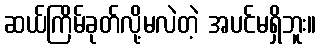
ဆယ်ကြိမ်ခုတ်လို့မလဲတဲ့ အပင်မရှိဘူး။